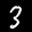
Label: 3